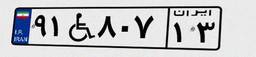
۹۱W۸۰۷۱۳